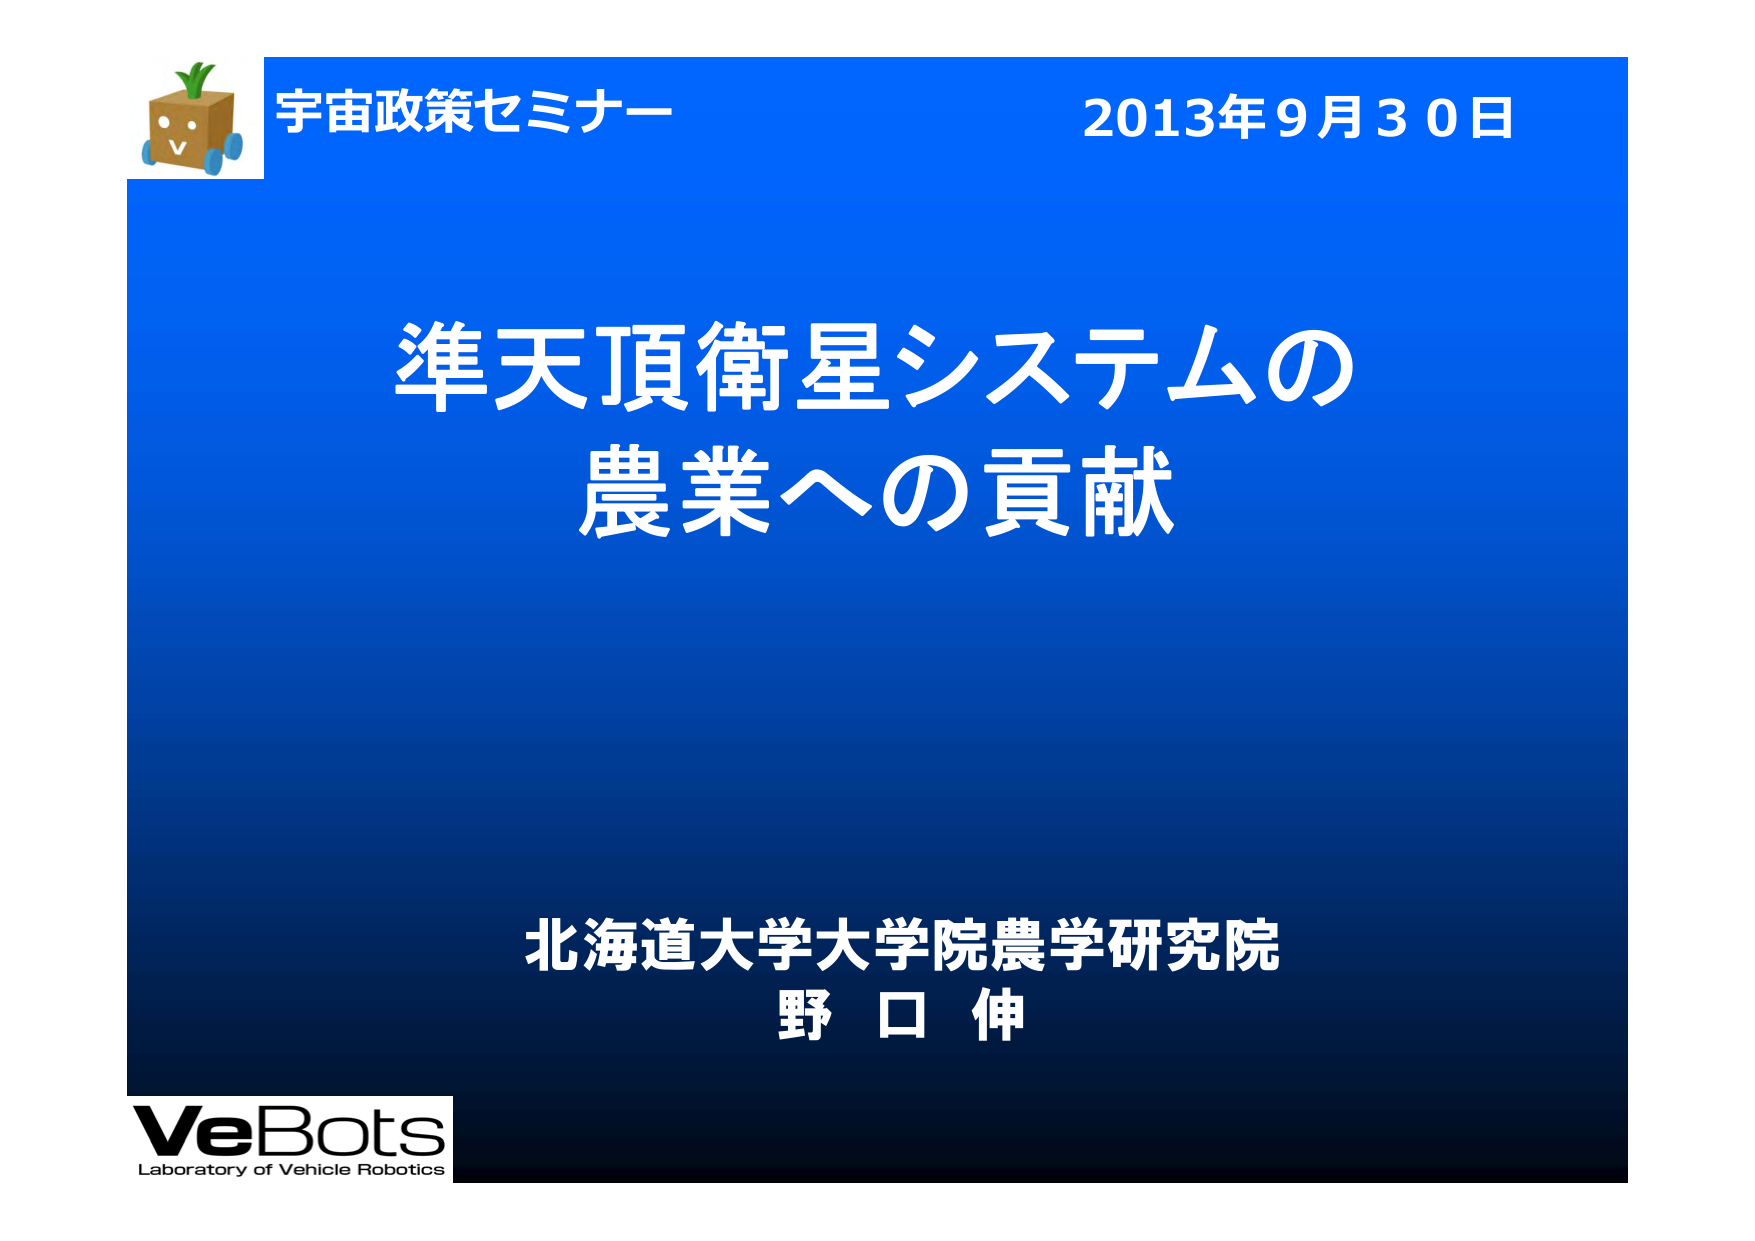
宇宙政策セミナー
2013年9月30日
準天頂衛星システムの
農業への貢献
北海道大学大学院農学研究院
野口伸
VeBots
Laboratory of Vehicle Robotics